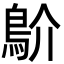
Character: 𩾴